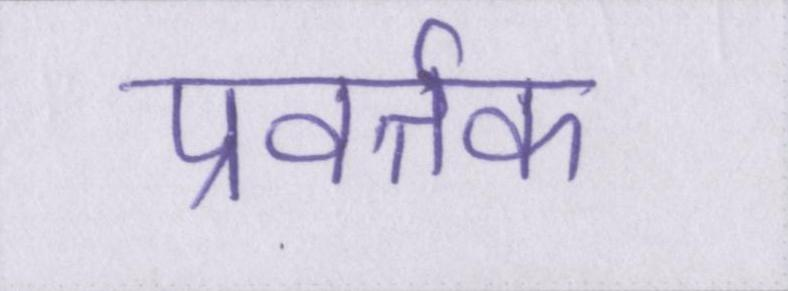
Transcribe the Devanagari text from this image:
प्रवर्तक